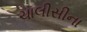
ચાલીસીના